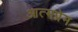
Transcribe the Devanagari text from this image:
आत्मप्रेम